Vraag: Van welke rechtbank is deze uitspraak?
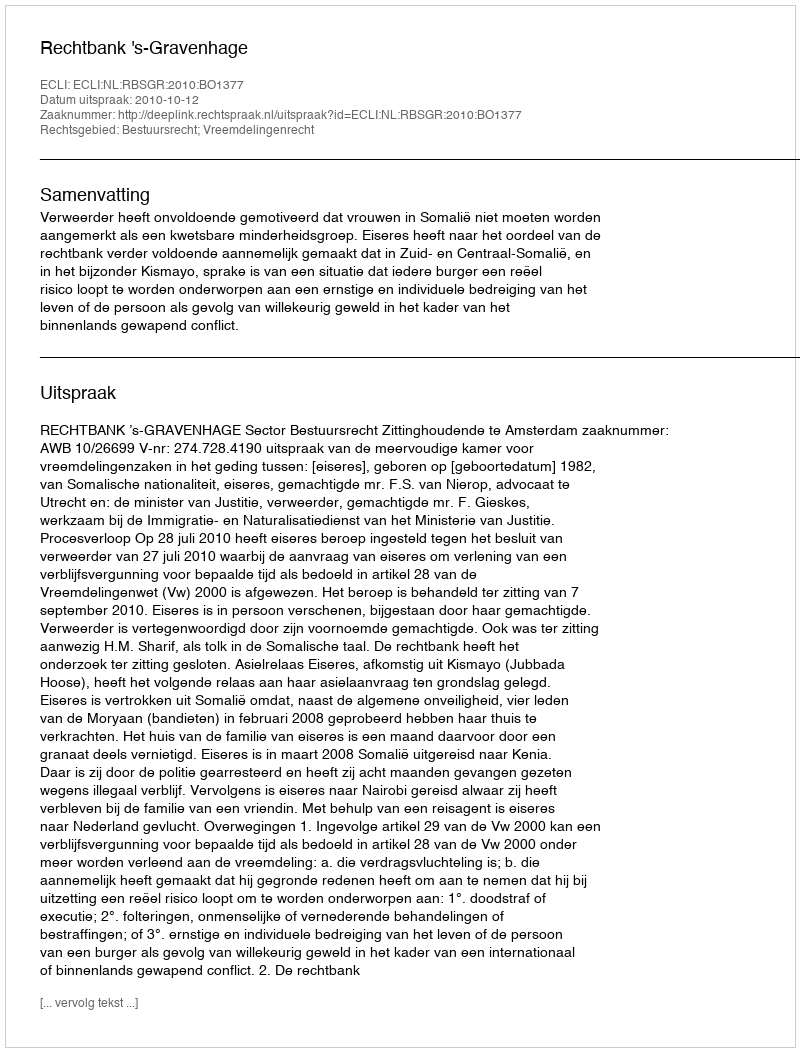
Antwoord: Rechtbank 's-Gravenhage